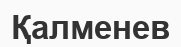
Қалменев